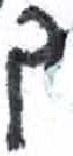
אות: ל